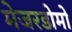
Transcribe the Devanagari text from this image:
मेजरडोमो